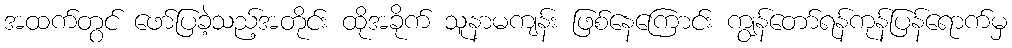
အထက်တွင် ဖော်ပြခဲ့သည့်အတိုင်း ထိုအခိုက် သူနာမကျန်း ဖြစ်နေကြောင်း ကျွန်တော်ရန်ကုန်ပြန်ရောက်မှ